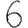
Digit: 6